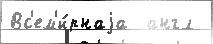
Вс'ем'и́рнаjа  англ